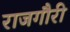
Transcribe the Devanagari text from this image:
राजगौरी